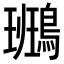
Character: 𪄕